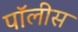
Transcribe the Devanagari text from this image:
पॉलीस